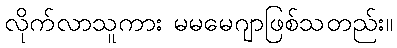
လိုက်လာသူကား မမမေဂျာဖြစ်သတည်း။